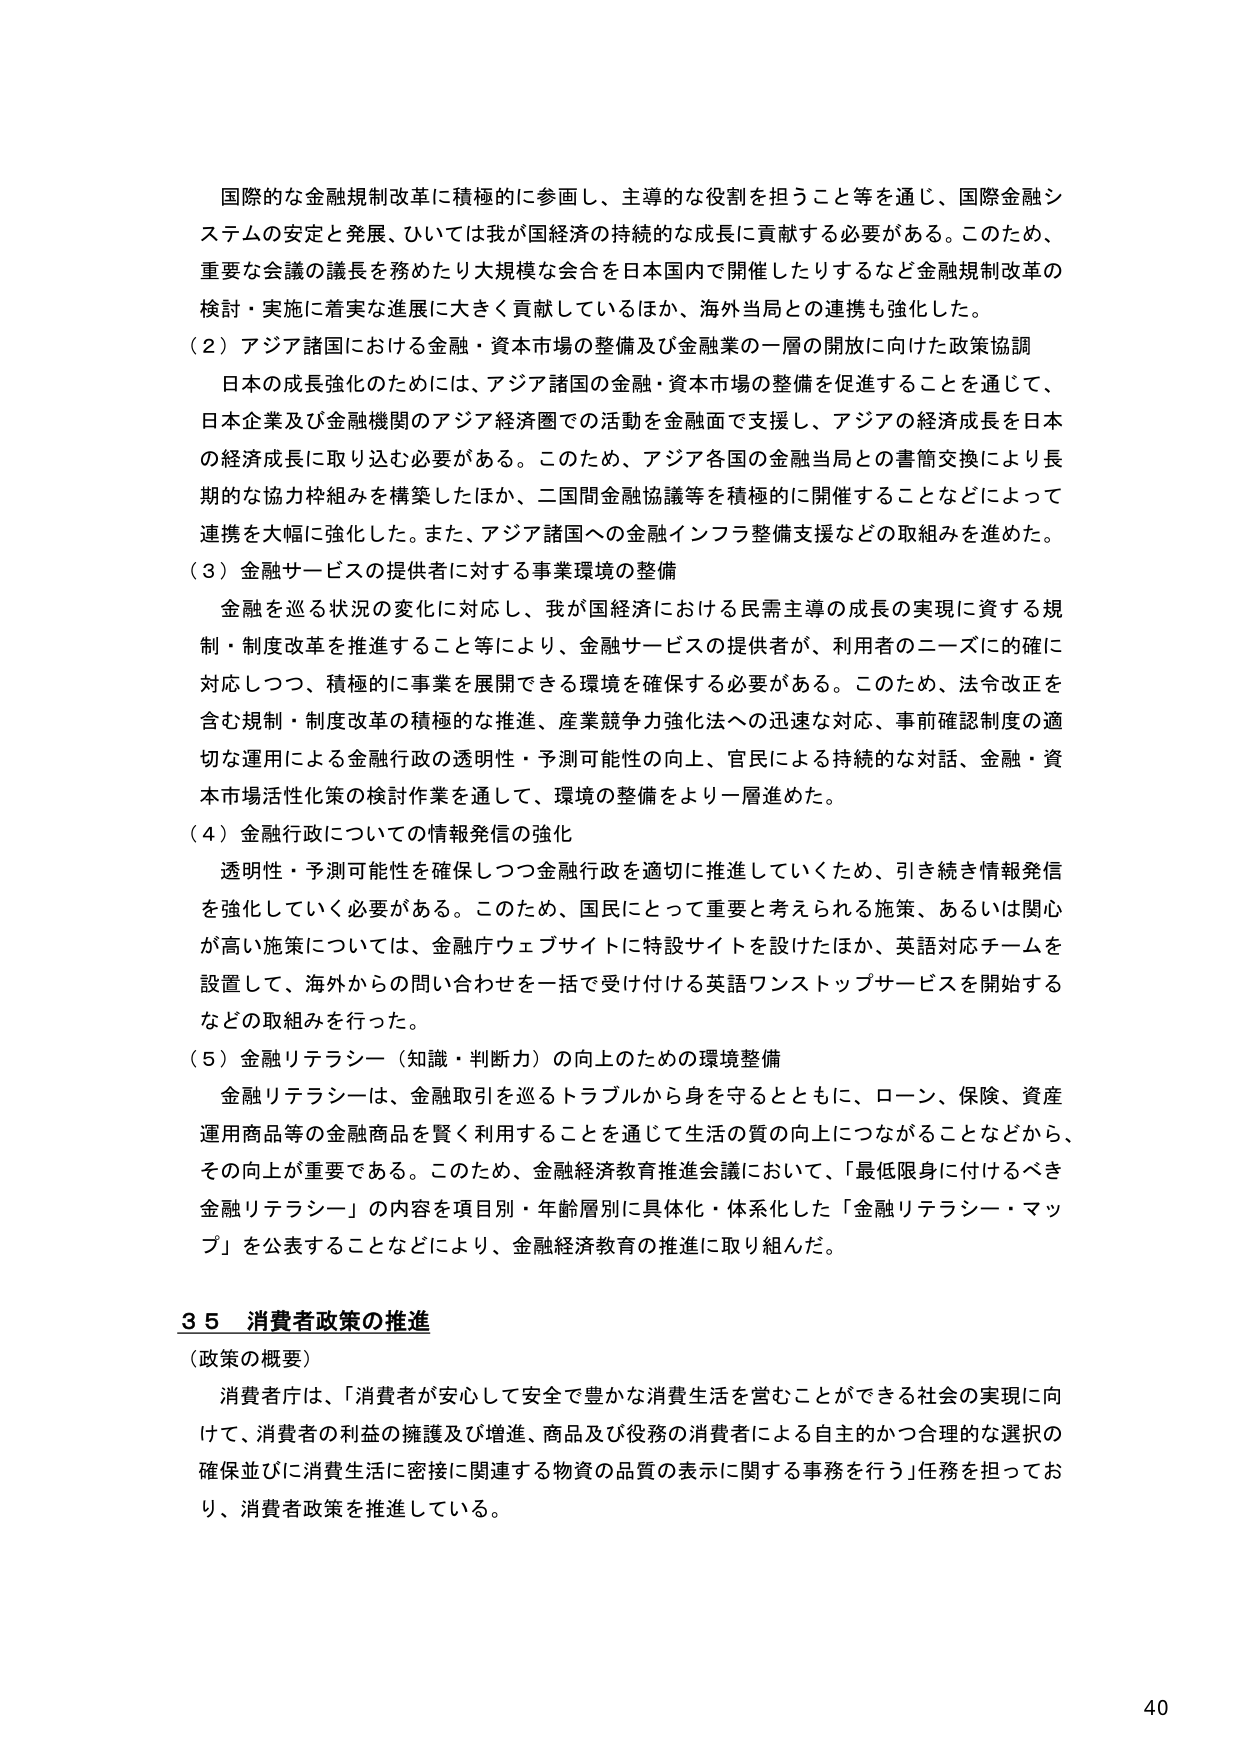
国際的な金融規制改革に積極的に参画し、主導的な役割を担うこと等を通じ、国際金融システムの安定と発展、ひいては我が国経済の持続的な成長に貢献する必要がある。このため、重要な会議の議長を務めたり大規模な会合を日本国内で開催したりするなど金融規制改革の検討・実施に着実な進展に大きく貢献しているほか、海外当局との連携も強化した。

（２）アジア諸国における金融・資本市場の整備及び金融業の一層の開放に向けた政策協調
日本の成長強化のためには、アジア諸国の金融・資本市場の整備を促進することを通じて、日本企業及び金融機関のアジア経済圏での活動を金融面で支援し、アジアの経済成長を日本の経済成長に取り込む必要がある。このため、アジア各国の金融当局との書簡交換により長期的な協力枠組みを構築したほか、二国間金融協議等を積極的に開催することなどによって連携を大幅に強化した。また、アジア諸国への金融インフラ整備支援などの取組みを進めた。

（３）金融サービスの提供者に対する事業環境の整備
金融を巡る状況の変化に対応し、我が国経済における民需主導の成長の実現に資する規制・制度改革を推進すること等により、金融サービスの提供者が、利用者のニーズに的確に対応しつつ、積極的に事業を展開できる環境を確保する必要がある。このため、法令改正を含む規制・制度改革の積極的な推進、産業競争力強化法への迅速な対応、事前確認制度の適切な運用による金融行政の透明性・予測可能性の向上、官民による持続的な対話、金融・資本市場活性化策の検討作業を通して、環境の整備をより一層進めた。

（４）金融行政についての情報発信の強化
透明性・予測可能性を確保しつつ金融行政を適切に推進していくため、引き続き情報発信を強化していく必要がある。このため、国民にとって重要と考えられる施策、あるいは関心が高い施策については、金融庁ウェブサイトに特設サイトを設けたほか、英語対応チームを設置して、海外からの問い合わせを一括で受け付ける英語ワンストップサービスを開始するなどの取組みを行った。

（５）金融リテラシー（知識・判断力）の向上のための環境整備
金融リテラシーは、金融取引を巡るトラブルから身を守るとともに、ローン、保険、資産運用商品等の金融商品を賢く利用することを通じて生活の質の向上につながることなどから、その向上が重要である。このため、金融経済教育推進会議において、「最低限身に付けるべき金融リテラシー」の内容を項目別・年齢層別に具体化・体系化した「金融リテラシー・マップ」を公表することなどにより、金融経済教育の推進に取り組んだ。

３５ 消費者政策の推進
（政策の概要）
消費者庁は、「消費者が安心して安全で豊かな消費生活を営むことができる社会の実現に向けて、消費者の利益の擁護及び増進、商品及び役務の消費者による自主的かつ合理的な選択の確保並びに消費生活に密接に関連する物資の品質の表示に関する事務を行う」任務を担っており、消費者政策を推進している。

40